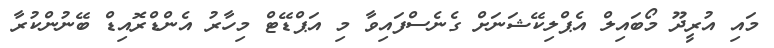
މައި އުރީދޫ މޯބައިލް އެޕްލިކޭޝަނަށް ގެނެސްފައިވާ މި އަޕްޑޭޓް މިހާރު އެންޑްރޮއިޑް ބޭނުންކުރާ